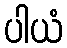
ပါယံ